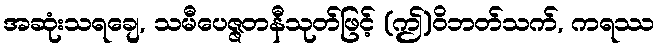
အဆုံးသရချေ, သမီပေဇ္ဇတနီသုတ်ဖြင့် (ဤ)ဝိဘတ်သက်, ကရဿ